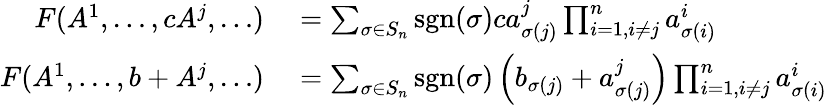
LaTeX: \begin{array}{rl}{F(A^{1},\dots,cA^{j},\dots)}&{{}=\sum_{\sigma\in S_{n}}\operatorname{sgn}(\sigma)ca_{\sigma(j)}^{j}\prod_{i=1,i\neq j}^{n}a_{\sigma(i)}^{i}}\\ {F(A^{1},\dots,b+A^{j},\dots)}&{{}=\sum_{\sigma\in S_{n}}\operatorname{sgn}(\sigma)\left(b_{\sigma(j)}+a_{\sigma(j)}^{j}\right)\prod_{i=1,i\neq j}^{n}a_{\sigma(i)}^{i}}\end{array}